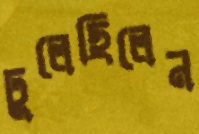
ঢুলেছিলেন